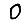
Digit: 0